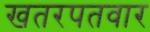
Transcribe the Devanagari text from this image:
खतरपतवार